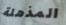
المذهلة